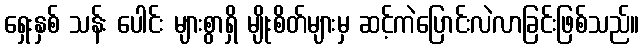
ရှေးနှစ် သန်း ပေါင်း များစွာရှိ မျိုးစိတ်များမှ ဆင့်ကဲပြောင်းလဲလာခြင်းဖြစ်သည်။